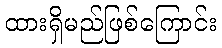
ထားရှိမည်ဖြစ်ကြောင်း